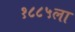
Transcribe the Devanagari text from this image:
१८८५ला